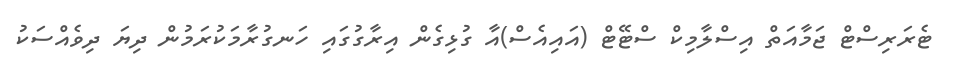
ޓެރަރިސްޓް ޖަމާއަތް އިސްލާމިކް ސްޓޭޓް (އައިއެސް)އާ ގުޅިގެން އިރާގުގައި ހަނގުރާމަކުރަމުން ދިޔަ ދިވެއްސަކު